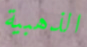
الذهبية